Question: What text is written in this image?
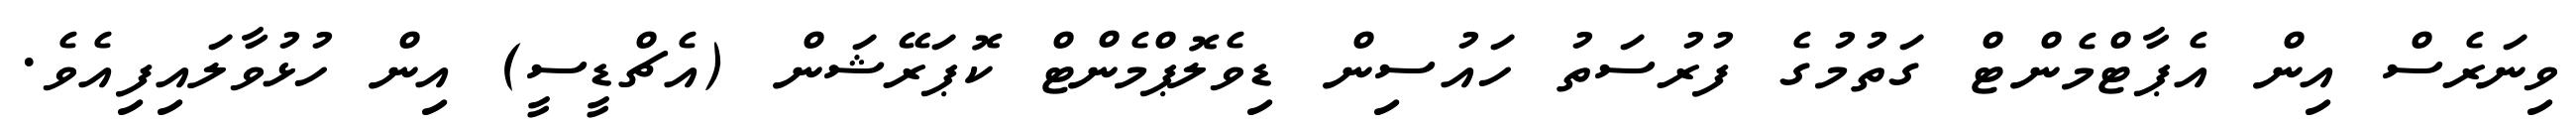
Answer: ވިނަރެސް އިން އެޕާޓްމެންޓް ގަތުމުގެ ފުރުސަތު ހައުސިން ޑިވެލޮޕްމެންޓް ކޮޕަރޭޝަން (އެޗްޑީސީ) އިން ހުޅުވާލައިފިއެވެ.